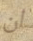
ان